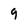
Character: 9